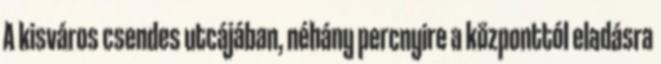
A kisváros csendes utcájában, néhány percnyire a központtól eladásra